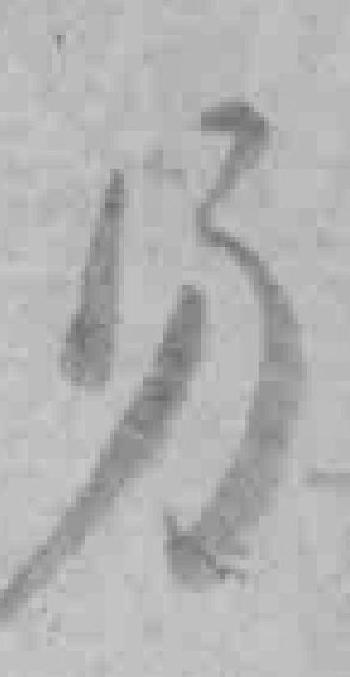
另